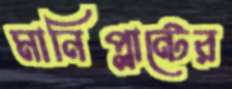
মানিপ্লান্টের